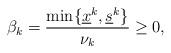
LaTeX: \begin{align*}\beta_k = \frac{\min \{ \underline{x}^k , \underline{s}^k \}}{\nu_k} \ge 0,\end{align*}